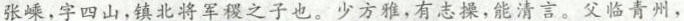
张嵊，字四山，镇北将军稷之子也。少方雅，有志操，能清言。父临青州，